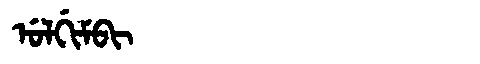
Manchu: ᡠᠯᡤᡳᠮᠪᡳ
Romanization: ULGIMBI